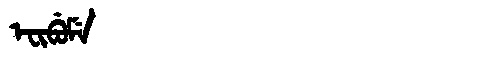
Manchu: ᡝᠸᡳᠪᡠᠮᡝ
Romanization: EFIBUME